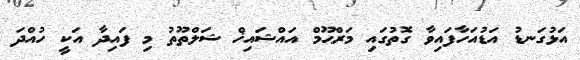
އަޅުގަނޑު އަޑުއަހާފައިވާ ގޮތުގައި މަރްޙޫމް އައްޝައިޚް ޝަލްތޫތު މި ފައިދާ އަކީ ހުއްދަ